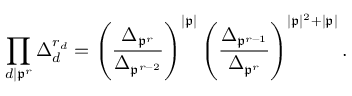
\prod _ { d | \mathfrak { p } ^ { r } } \Delta _ { d } ^ { r _ { d } } = \left( \frac { \Delta _ { \mathfrak { p } ^ { r } } } { \Delta _ { \mathfrak { p } ^ { r - 2 } } } \right) ^ { | \mathfrak { p } | } \left( \frac { \Delta _ { \mathfrak { p } ^ { r - 1 } } } { \Delta _ { \mathfrak { p } ^ { r } } } \right) ^ { | \mathfrak { p } | ^ { 2 } + | \mathfrak { p } | } .